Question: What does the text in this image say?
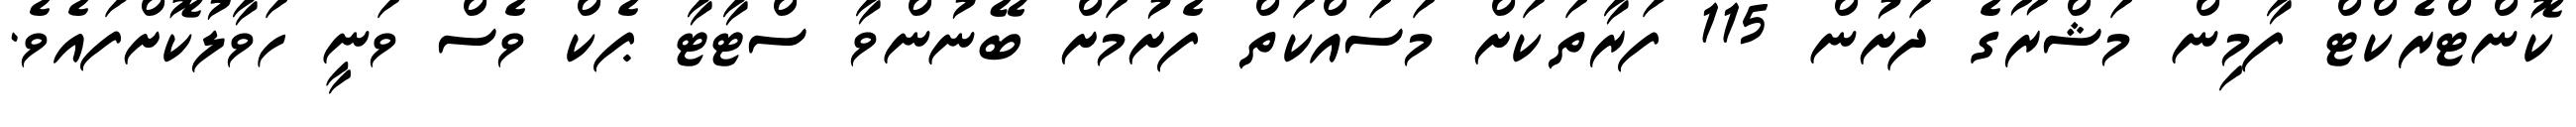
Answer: ކޮންޓްރެކްޓް ފާމިން މަޝްރޫގެ ދަށުން 115 ފަރާތަކަށް މަސައްކަތް ފެށުމަށް ބޭނުންވާ ސްޓާޓާ ޕެކް ވެސް ވަނީ ހަވާލުކޮށްފައެވެ.